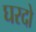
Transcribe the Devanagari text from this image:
घरदो